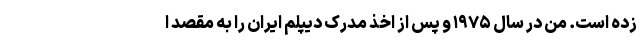
زده است. من در سال ۱۹۷۵ و پس از اخذ مدرک دیپلم ایران را به مقصد ا